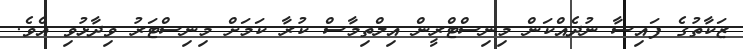
ޒަކާތުގެ ފައިސާ ނުދެއްކަން މިނިސްޓްރީން އިލްތިމާސް ކުރާ ކަމަށް މިނިސްޓަރު ވިދާޅުވި އެވެ.